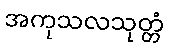
အကုသလသုတ္တံ